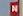
n